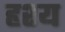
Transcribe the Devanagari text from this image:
हृश्य